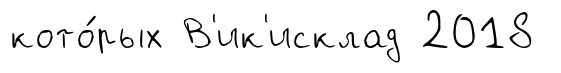
кото́рых В'ик'исклад 2018